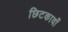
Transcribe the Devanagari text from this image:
छिटकावाँ